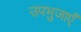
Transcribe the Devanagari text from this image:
उपभुजाएँ